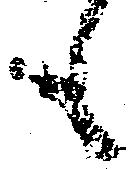
も